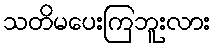
သတိမပေးကြဘူးလား